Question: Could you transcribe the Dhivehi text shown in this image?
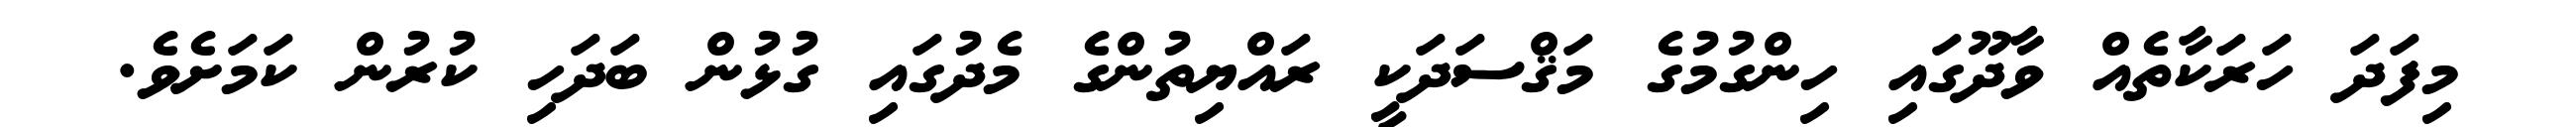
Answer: މިފަދަ ހަރަކާތެއް ވާދޫގައި ހިންގުމުގެ މަޤްސަދަކީ ރައްޔިތުންގެ މެދުގައި ގުޅުން ބަދަހި ކުރުން ކަމަށެވެ.